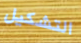
التشكيل